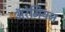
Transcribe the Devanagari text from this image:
अॅरेमियन